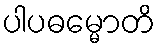
ပါပဓမ္မောတိ